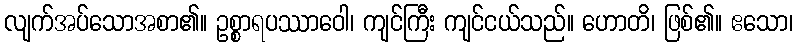
လျက်အပ်သောအစာ၏။ ဥစ္စာရပဿာဝေါ၊ ကျင်ကြီး ကျင်ငယ်သည်။ ဟောတိ၊ ဖြစ်၏။ ဧသော၊